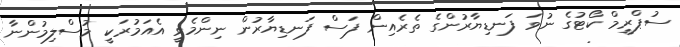
ސުޕްރީމް ކޯޓުގެ ނުވަ ފަނޑިޔާރުންގެ ތެރެއިން ފަސް ފަނޑިޔާރުން ނިންމެވީ އެއަމުރަކީ މުސްލިމުންނާ